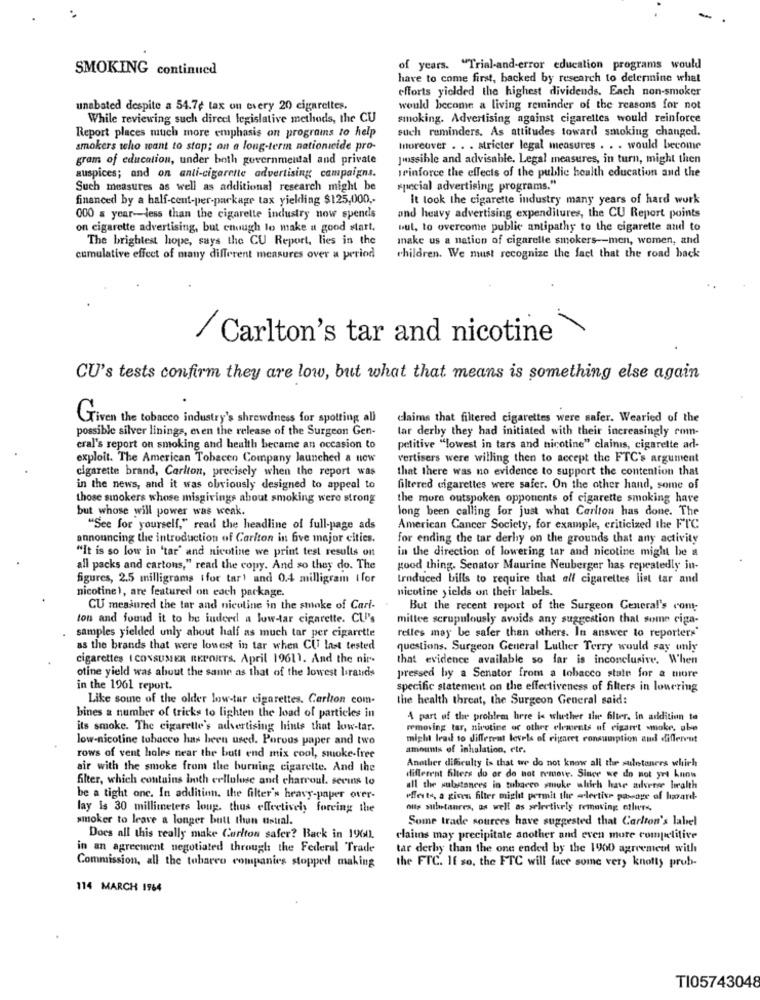
SMOKING continued
of years. "Trial-and-error education programs would
have to come first, backed by research to determine what
efforts yielded the highest dividends. Each non-smoker
unabated despite a 54.7e tax on every 20 cigarettes.
would become a living reminder of the reasons for not
While reviewing such direct legislative methods, the CU
smoking. Advertising against cigarettes would reinforce
Report places much more emphasis on programs to help
such reminders. As attitudes toward smoking changed.
smokers who want to stop; on a long-term nationwide pro-
Moreover . . . stricter legal measures . . . would become
gram of education, under both governmental and private
Jussible and advisable. Legal measures, in turn, might then
prinforce the effects of the public health education and the
auspices; and on anti-cigarette advertising campaigns.
Such measures as well as additional research might be
special advertising programs."
financed by a half-cent-per-parkagr tax yielding $125,000 ,-
It took the cigarette industry many years of hard work
and heavy advertising expenditures, the CU Report points
000 a year-less than the cigarette industry now spends
on cigarette advertising, but enough lo make a good start,
"ul, to overcome public antipathy to the cigarette and to
The brightest hope, says the CU Report, lies in the
make us a nation of cigarelle smokers -- men, women, and
cumulative effect of many different measures over a period
children. We must recognize the fact that the road back
/ Carlton's tar and nicotine
CU's tests confirm they are low, but what that means is something else again
Given the tobacco industry's shrewdness for spotting all
claims that filtered cigarettes were safer. Wearied of the
possible silver linings, even the release of the Surgeon Gen-
lar derby they had initiated with their increasingly com-
eral's report on smoking and health became an occasion to
petitive "lowest in tars and nicotine" clainis, cigarette ad-
exploit. The American Tobacco Company launched a new
vertisers were willing then to accept the FTC's argument
cigarette brand, Carlton, precisely when the report was
that there was no evidence to support the contention that
in the news, and it was obviously designed to appeal to
filtered cigarettes were safer. On the other hand, some of
those smokers whose misgivings about smoking were strong
the more outspoken opponents of cigarette smoking have
but whose will power was weak.
long been calling for just what Carlton has done. The
"See for yourself," read the headline of full-page ads
American Cancer Society, for example, criticized the FIC
announcing the introduction of Carlton in five major cities.
for ending the tar derby on the grounds that any activity
"It is so low in 'tar' and nicotine we print test results on
in the direction of lowering tar and nicotine might be a
all packs and cartons," read the copy. And so they do. The
good thing. Senator Maurine Neuberger has repeatedly in-
figures, 2.5 milligrams tfor tar) and 0.4 milligram tfor
Irnduced bills to require that all cigarettes list tar and
nicotine), are featured on each package.
nicotine yields on their labels.
CU measured the tar and nicoline in the smoke of Cari-
But the recent report of the Surgeon General's com-
ton and found it to be indeed a low-tar cigarette. CU's
mittee scrupulously avoids any suggestion that some ciga-
samples yielded unly about half as much tar per cigarette
relles may be safer than others. In answer to reporters"
as the brands that were lowest in tar when CU last tested
questions. Surgeon General Luther Terry would say unly
cigarettes ( CONSUMER REPORTS. April 19611. And the nir-
that evidence available so far is inconclusive. When
otine yield was about the same as that of the lowest biratidis
pressed by a Senator from a tobacco state for a more
in the 1961 report.
specific statement on the effectiveness of filters in lowering
Like some of the older low-tar cigarettes. Carlton com-
the health threat, the Surgeon General said:
bines a number of tricks to lighten the load of particles in
A part of the problem here le whether the filter. in addition to
its smoke. The cigarette's advertising hints that low-tar.
removing tar, nicotine or othre elements of cigaret smoke, abe
low-nicotine tobacco has been used. Porous paper and two
might lead to different levels of rigaret consumption and different
amounts of inhalation, etr.
rows of vent holes near the butt end mix cool, smoke-free
Another dificulty is that we do not know all the suletoners which
air with the smoke from the burning cigarette. And the
filter, which contains both cellulese and charroul. sevins to
different filters do or do not remove. Since we do not you know
all the substances in tobacco smoke which have adverse health
be a tight onc. In addition, the filter's heavy-paper over-
offerte, a given filter might permit the wlertive passage of ligard-
lay is 30 millimeters loup. thus effectively forcing the
outs substanres, as well as selectively removing etluers
smoker to leave a longer butt than usual.
Some trade sources have suggested that Carlton's label
Does all this really make Carlton safer? Back in 19601.
claimns may precipitate another and even more competitive
in an agreement negotiated through the Federal Trade
tar derby than the one ended by the 1900 agreement with
Commission, all the tobareo companies stopped making
the FTC. If so, the FTC will face some very knotty prob-
114 MARCH 1964
TI05743048